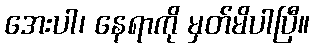
အေးပါ၊ နေရာကို မှတ်မိပါပြီ။